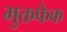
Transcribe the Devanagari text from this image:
मुक्तफेक